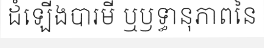
ដំឡើងបារមី ឬឫទ្ធានុភាពនៃ